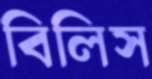
বিলিস